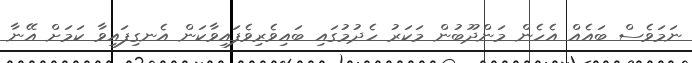
ނަމަވެސް ބައެއް އެހެން މަންދޫބުން މަކަރު ހެދުމުގައި ބައިވެރިވެފައިވާކަން އެނގިފައިވާ ކަމަށް އޭނާ